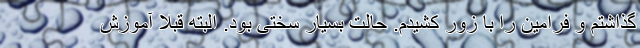
گذاشتم و فرامین را با زور کشیدم. حالت بسیار سختی بود. البته قبلا آموزش